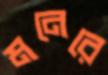
মনেরে